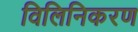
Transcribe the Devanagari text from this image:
विलिनिकरण